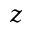
z